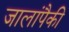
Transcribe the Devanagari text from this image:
जालांपैकी